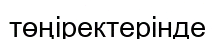
төңіректерінде